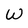
Character: W